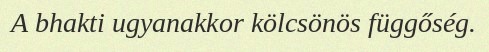
A bhakti ugyanakkor kölcsönös függőség.